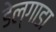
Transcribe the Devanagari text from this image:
डेल्गाडा